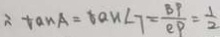
\tan A = o a n \angle 7 = \frac { B P } { e P } = \frac { 1 } { 2 }